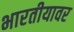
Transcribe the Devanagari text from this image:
भारतीयावर